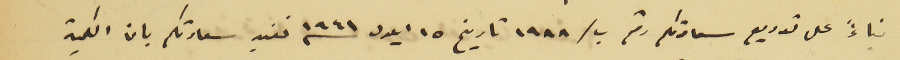
بناءً على توريع سعادتكم رقم ب/١٩٨٨ تاريخ ١٥ ايلول سنه ١٩٤١ نفيد سعادتكم بان الكمية